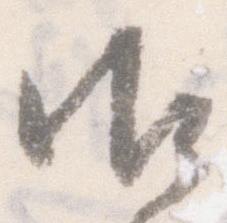
御